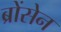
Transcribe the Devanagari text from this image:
ब्रोंसेन